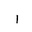
Letter: _alif